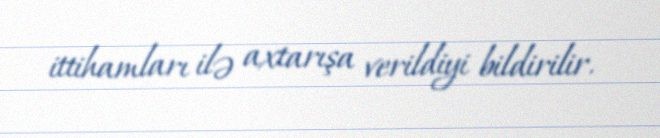
ittihamları ilə axtarışa verildiyi bildirilir.